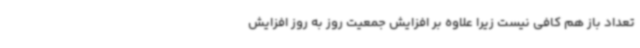
تعداد باز هم کافی نیست زیرا علاوه بر افزایش جمعیت روز به روز افزایش